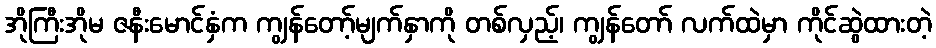
အိုကြီးအိုမ ဇနီးမောင်နှံက ကျွန်တော့်မျက်နှာကို တစ်လှည့်၊ ကျွန်တော် လက်ထဲမှာ ကိုင်ဆွဲထားတဲ့